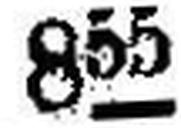
855